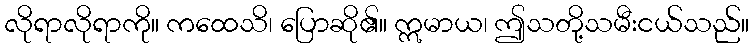
လိုရာလိုရာကို။ ကထေသိ၊ ပြောဆို၏။ ဣမာယ၊ ဤသတို့သမီးငယ်သည်။